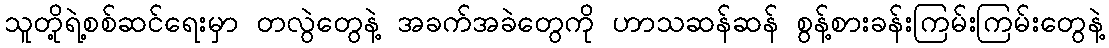
သူတို့ရဲ့စစ်ဆင်ရေးမှာ တလွဲတွေနဲ့ အခက်အခဲတွေကို ဟာသဆန်ဆန် စွန့်စားခန်းကြမ်းကြမ်းတွေနဲ့